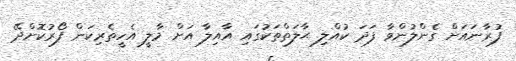
ފުރާނައަށް ގެންލުންވާ ފަދަ ކުއްލި ޙާލަތްތަކުގައި އާއިލާ އަށް މާލީ އެހީތެރިކަން ފޯރުކޮށްދޭ